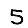
Digit: 5